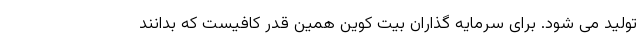
تولید می شود. برای سرمایه گذاران بیت کوین همین قدر کافیست که بدانند